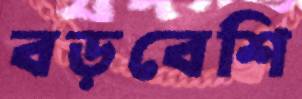
বড়বেশি